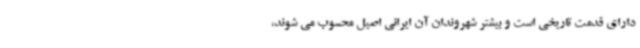
دارای قدمت تاریخی است و بیشتر شهروندان آن ایرانی اصیل محسوب می شوند،